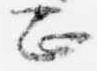
正